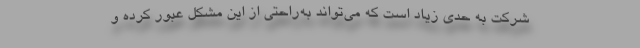
شرکت به حدی زیاد است که می‌تواند به‌راحتی از این مشکل عبور کرده و